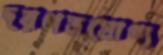
দরপত্রযোগ্য